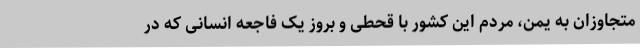
متجاوزان به یمن، مردم این کشور با قحطی و بروز یک فاجعه انسانی که در